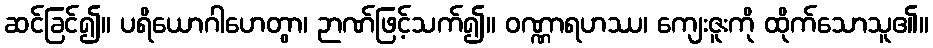
ဆင်ခြင်၍။ ပရိယောဂါဟေတွာ၊ ဉာဏ်ဖြင့်သက်၍။ ဝဏ္ဏာရဟဿ၊ ကျေးဇူးကို ထိုက်သောသူ၏။